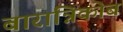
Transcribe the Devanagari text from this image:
बारान्निकोब